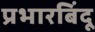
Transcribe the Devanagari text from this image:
प्रभारबिंदू